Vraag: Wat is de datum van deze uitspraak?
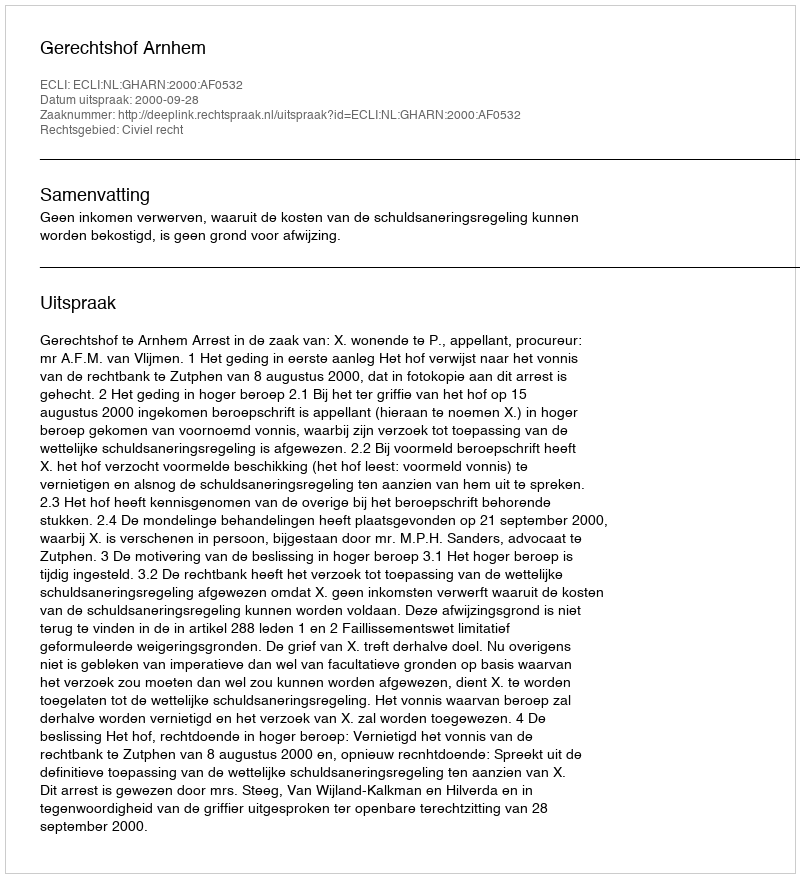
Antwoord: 2000-09-28